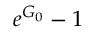
e ^ { G _ { 0 } } - 1